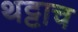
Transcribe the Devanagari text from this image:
थट्टाच